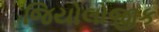
જિયોલોજીક